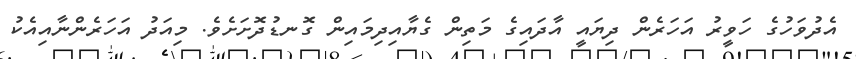
އެދުވަހުގެ ހަވީރު އަހަރެން ދިޔައީ އާދައިގެ މަތިން ގެޔާއިދިމައިން ގޮނޑުދޮށަށެވެ. މިއަދު އަހަރެންނާއިއެކު